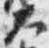
大